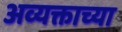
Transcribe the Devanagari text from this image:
अव्यक्ताच्या